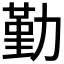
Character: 勤